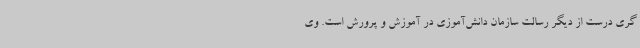
گری درست از دیگر رسالت سازمان دانش‌آموزی در آموزش و پرورش است. وی